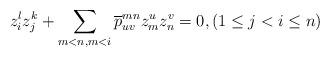
LaTeX: \begin{align*}z_{i}^{l}z_{j}^{k}+\sum_{m<n,m<i}\overline{p}_{uv}^{mn} z_{m}^{u}z_{n}^{v}=0,(1\leq j<i\leq n)\end{align*}